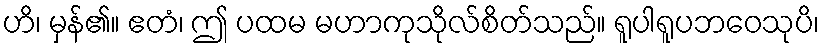
ဟိ၊ မှန်၏။ ဧတံ၊ ဤ ပထမ မဟာကုသိုလ်စိတ်သည်။ ရူပါရူပဘဝေသုပိ၊